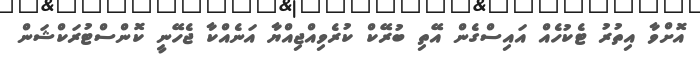
އޮށްވާ އިތުރު ޓެކުހެއް އައިސްގެން އޭތި ބުރޭކް ކުރެވިއްޖިއްޔާ އަނެއްކާ ޖެހޭނީ ކޮންސްޓުރަކްޝަން